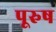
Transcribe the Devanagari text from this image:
पूरुष